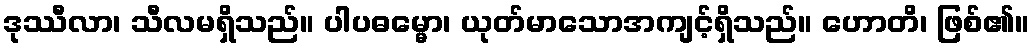
ဒုဿီလာ၊ သီလမရှိသည်။ ပါပဓမ္မော၊ ယုတ်မာသောအကျင့်ရှိသည်။ ဟောတိ၊ ဖြစ်၏။